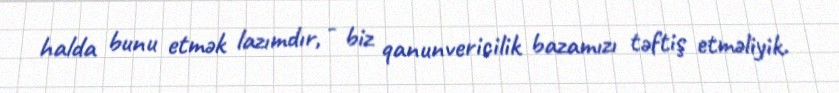
halda bunu etmək lazımdır, - biz qanunvericilik bazamızı təftiş etməliyik.